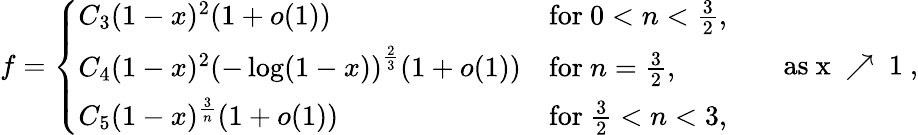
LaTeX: f=\left\{ \begin{array}{ll}{C_{3}(1-x)^{2}(1+o(1))}&{\mathrm{for~}0<n<\frac 32,}\\ {C_{4}(1-x)^{2}\left(-\log(1-x)\right)^{\frac 23}(1+o(1))}&{\mathrm{for~}n=\frac 32,}\\ {C_{5}(1-x)^{\frac 3n}(1+o(1))}&{\mathrm{for~}\frac 32<n<3,}\end{array}\right.\qquad\mathrm{as~x~\nearrow~1~,}